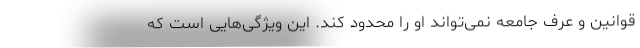
قوانین و عرف جامعه نمی‌تواند او را محدود کند. این ویژگی‌هایی است که